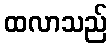
ထလာသည်